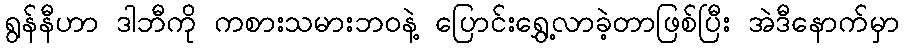
ရွန်နီဟာ ဒါဘီကို ကစားသမားဘ၀နဲ့ ပြောင်းရွှေ့လာခဲ့တာဖြစ်ပြီး အဲဒီနောက်မှာ